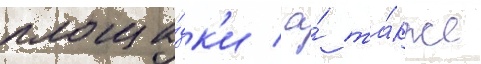
площа́дк'и / а́ та́кже